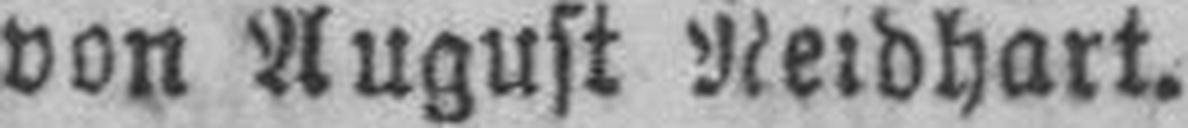
von August Neidhart.